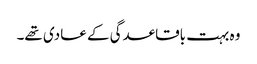
وہ بہت باقاعدگی کے عادی تھے۔